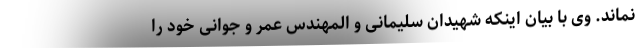
نماند. وی با بیان اینکه شهیدان سلیمانی و المهندس عمر و جوانی خود را